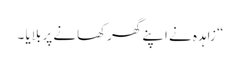
“ زاہدہ نے اپنے گھرکھانے پر بلایا ۔